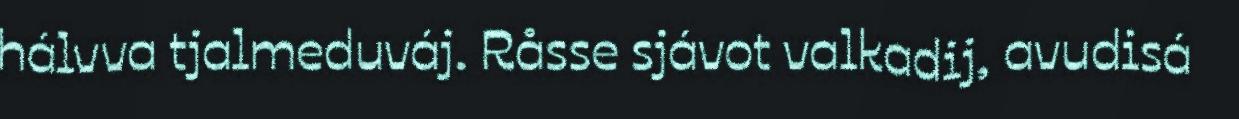
hálvva tjalmeduváj. Råsse sjávot valkadij, avudisá